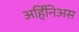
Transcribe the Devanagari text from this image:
अर्हिनिअस